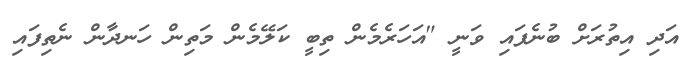
އަދި އިތުރަށް ބުނެފައި ވަނީ "އަހަރެމެން ތިބީ ކަލޭމެން މަތިން ހަނދާން ނެތިފައި